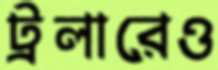
ট্রলারেও